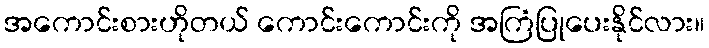
အကောင်းစားဟိုတယ် ကောင်းကောင်းကို အကြံပြုပေးနိုင်လား။